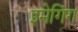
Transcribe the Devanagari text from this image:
इमेगिंग